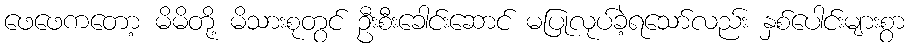
ဖေဖေကတော့ မိမိတို့ မိသားစုတွင် ဦးစီးခေါင်းဆောင် မပြုလုပ်ခဲ့ရသော်လည်း နှစ်ပေါင်းများစွာ